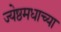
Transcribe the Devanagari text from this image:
ज्येष्ठमधाच्या